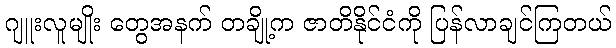
ဂျူးလူမျိုး တွေအနက် တချို့က ဇာတိနိုင်ငံကို ပြန်လာချင်ကြတယ်